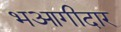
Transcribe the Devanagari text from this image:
भआगीदार